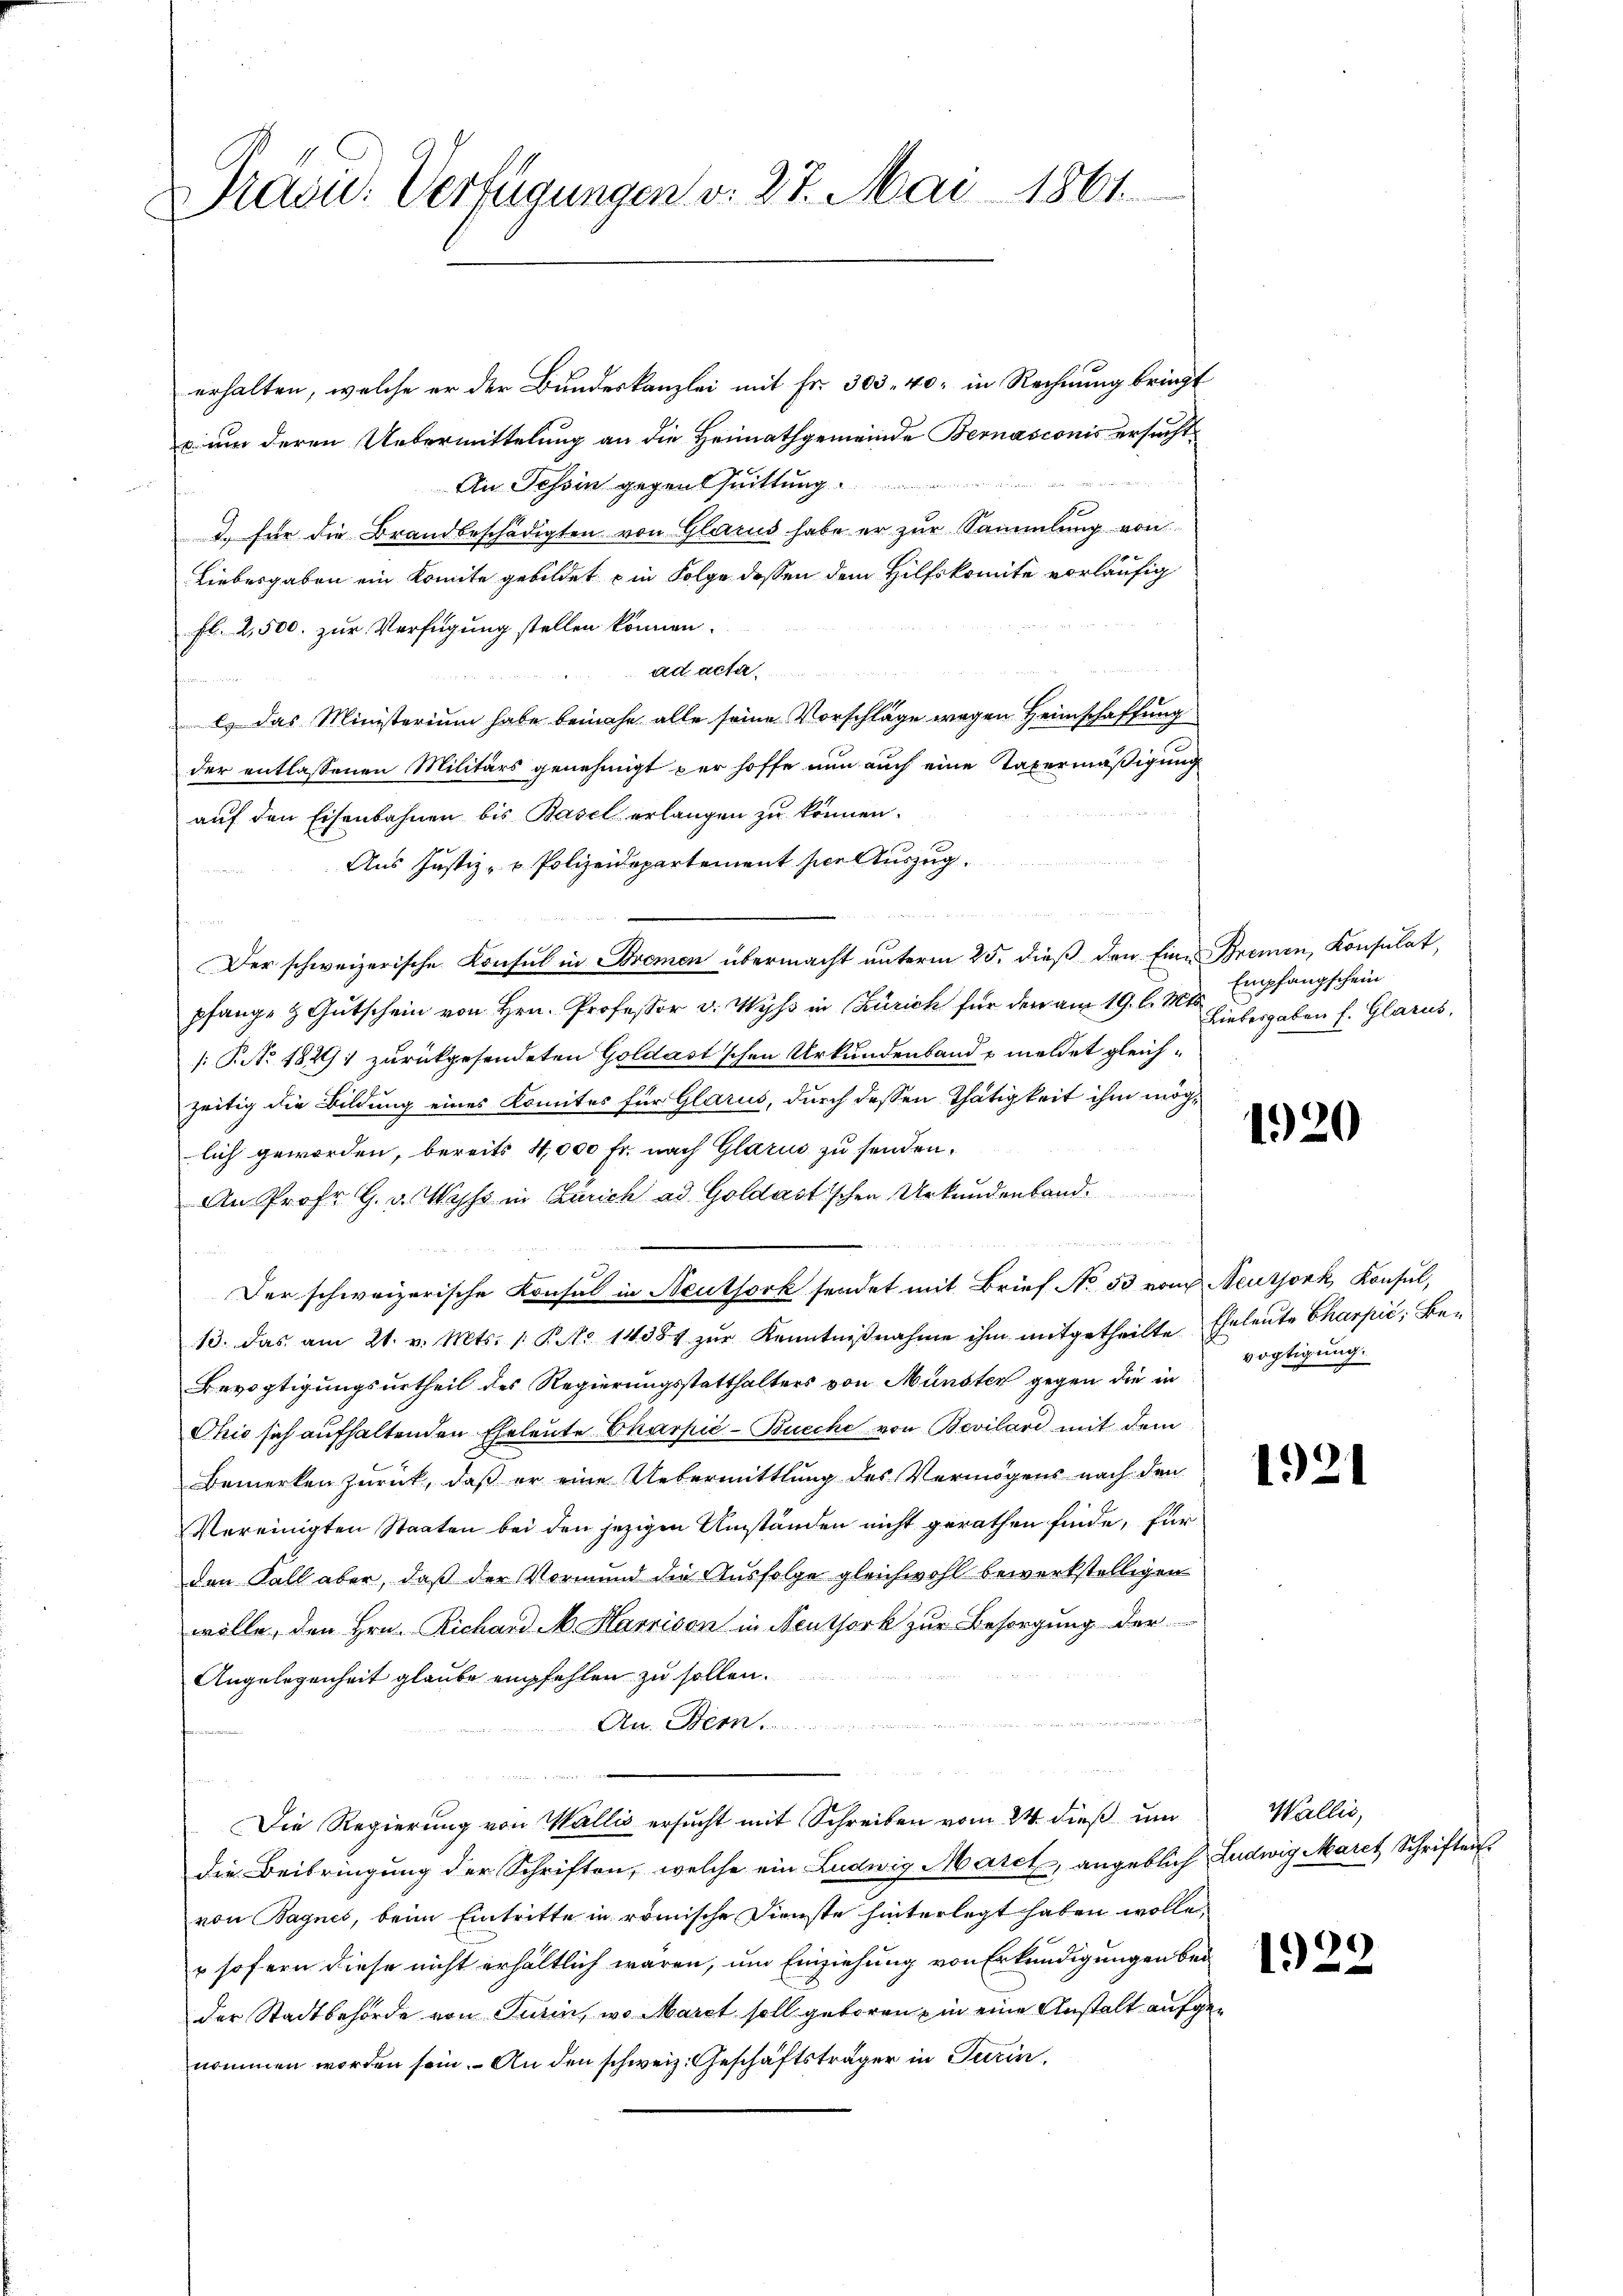
Pravić-Verfügungen v. 27. Mai 1861

erhalten, welche er der Bundeskanzlei mit Fr. 303. 40, in Rechnung bringt
cum deren Uebermittelung an die Heimathgemeinde Bernasconis ersucht¬
An Tessin gegen huittung
2. für die Brandbeschädigten von Glarus habe er zur Sammlung von
Liebesgaben ein Komite gebildet in Folge dessen dem Hilfskomite vorläufig
fl. 2,500. zur Verfügung stellen können.
ad acta
e) das Ministerium habe beinahe alle seine Vorschläge wegen Heimschaffung
der entlassenen Militärs genehmigt per hoffe nun auch eine Taxermäßigung
auf den Eisenbahnen bis Basel erlangen zu können.
Aus Justiz- & Polizeidepartement sie Auszug.
Der schweizerische Konsul in Bremen übermacht unterm 25. dieß den Eine Bremen, Konsulat,
pfange & Gutschein von Hrn. Professor v. Wyss in Zürich für den am 19. d. Mts.
/: P. Nr. 182. zurückgesendeten Goldast'schen Urkundenband meldet gleichzeitig die Bildung eines Komites für Glarus, durch dessen Thätigkeit ihm möglich geworden, bereits 4,000 Fr. nach Glarus zu senden.
An Prof. G. v. Wyss in Zürich ad Goldastischen Urkundenland
Der schweizerische Konsul in Neuthork sendet mit Brief No 53 vom Neutjork, Konsul,
13. das am 21. v. Mts. 1. P. No 14384 zŭr Kenntniβnahme ihm mitgetheilte Eheleute Charpić, Be¬
Bevogtigungsurtheil des Regierungsstatthalters von Münster gegen die in
Chis sich aufhaltenden Eheleute Charpić-Bucche von Bevilari mit dem
Bemerken zurück, daß er eine Uebermittlung des Vermögens nach den
Vereinigten Staaten bei den jezigen Umständen nicht gerathen finde, für
den Fall aber, daß der Vormund die Ausfolge gleichwohl bewerkstelligen
wolle, den Hrn. Richard M. Harrison in Neuthork zur Besorgung der
Angelegenheit glaube empfehlen zu sollen.
An. Bern
Die Regierung von Wallis ersucht mit Schreiben vom 24. dieß um
die Beibringung der Schriften, welche ein Ludwig March, angeblich Ludwig Marct Schriften
von Bagnes, beim Eintritte in römische Dienste hinterlegt haben wolle.
 sofern diese nicht erhältlich wären, um Einziehung von Erkundigungen bei
der Stadtbehörde von Turin, wo Marct soll geboren in eine Anstalt aufgenommen worden sein. An den schweiz. Geschäftsträger in Turin,

Empfangschein
Liebesgaben f. Glarus,

1920

vogtigung.

1921

Wallis,

1922